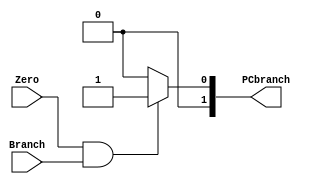
`timescale 1ns / 1ps


module zero_and(Branch, Zero,PCbranch);
    input [1:0] Branch, Zero;
    output reg [1:0] PCbranch;
    always @(*)
    begin
    if(Zero && Branch) PCbranch =1;
    else
    PCbranch = 0;
    end
endmodule